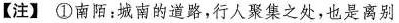
【注】①南阳：城南的道路，行人聚集之处，也是离别